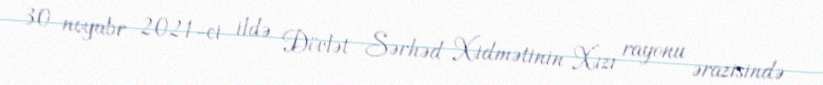
30 noyabr 2021-ci ildə Dövlət Sərhəd Xidmətinin Xızı rayonu ərazisində